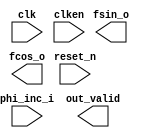

module LO (
	clk,
	clken,
	phi_inc_i,
	fsin_o,
	fcos_o,
	out_valid,
	reset_n);	

	input		clk;
	input		clken;
	input	[31:0]	phi_inc_i;
	output	[15:0]	fsin_o;
	output	[15:0]	fcos_o;
	output		out_valid;
	input		reset_n;
endmodule